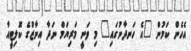
އެހެން ކަމުން "އެ ހަނދާނުގައި" މި ވަނީ މަރިޔަމް ނަދާ އިނާޒްގެ ކޮލިޓީއާ